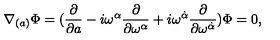
\nabla _ { ( a ) } \Phi = ( { \frac \partial { \partial a } } - i \omega ^ { \alpha } { \frac \partial { \partial \omega ^ { \alpha } } } + i \omega ^ { \dot { \alpha } } \frac { \partial } { \partial \omega ^ { \dot { \alpha } } } ) \Phi = 0 ,